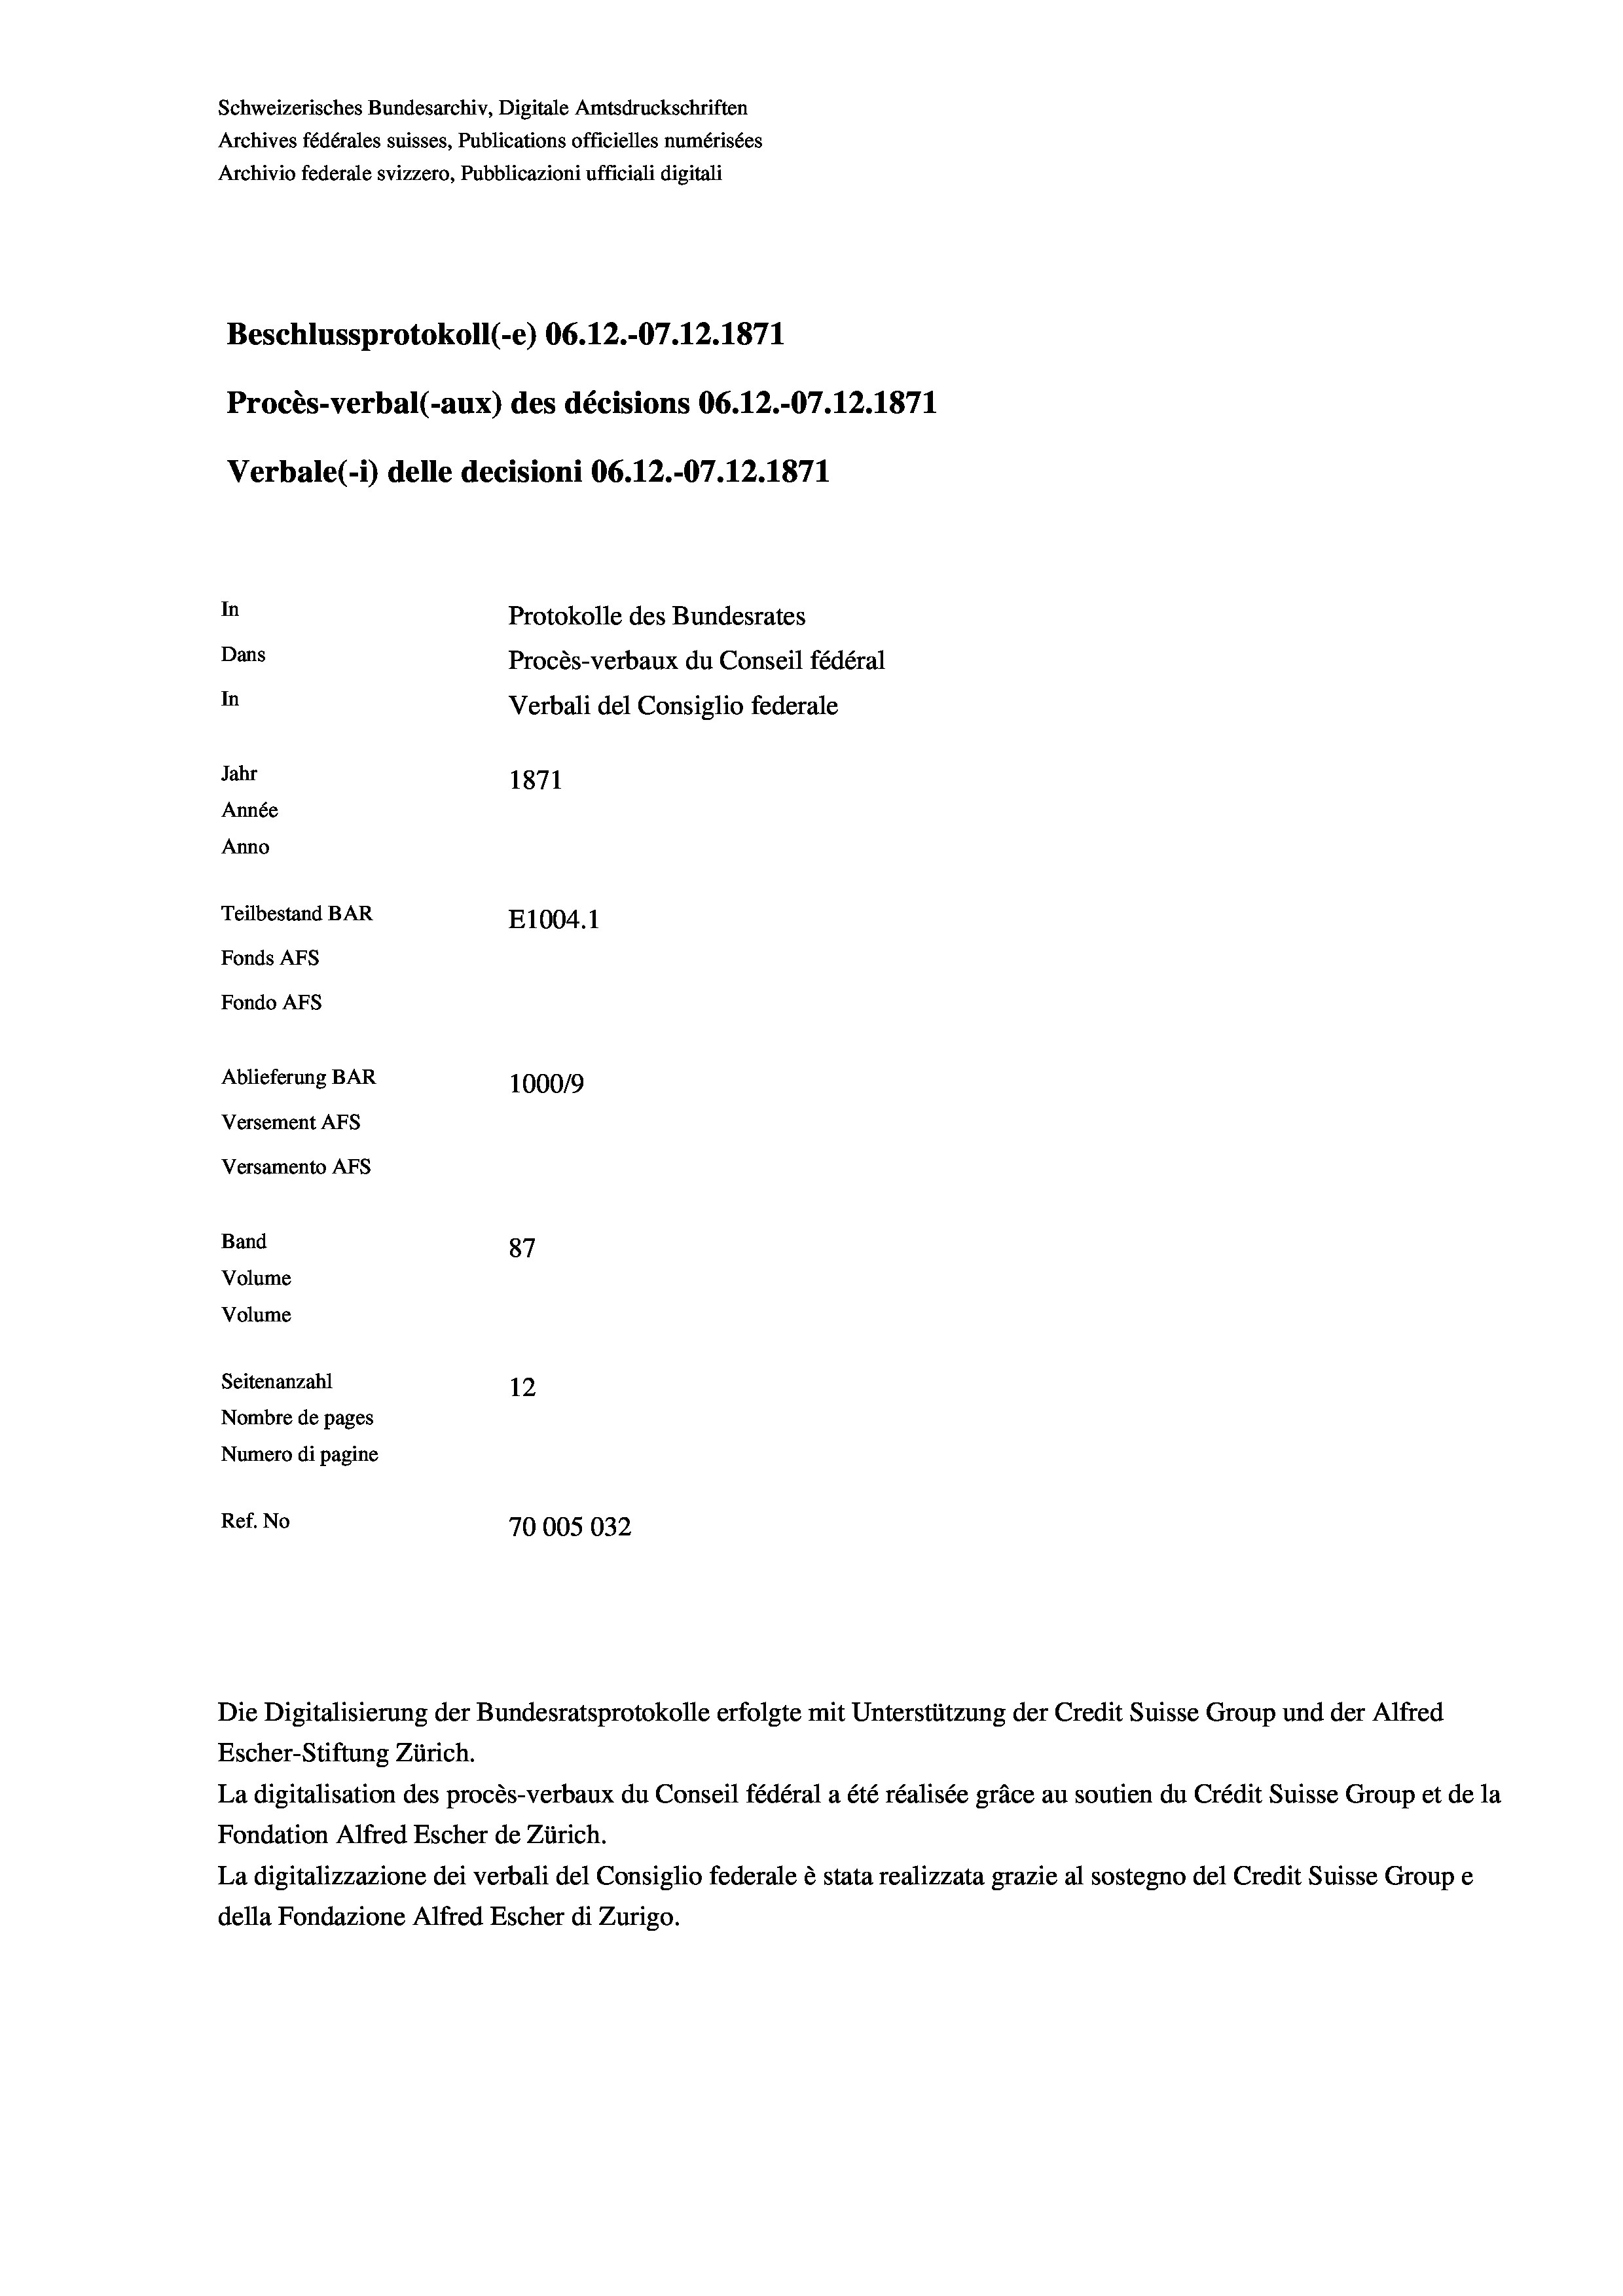
Schweizerisches Bundesarchiv, Digitale Amtsdruckschriften
Archives fédérales suisses, Publications officielles numérisées
Archivio federale svizzero, Pubblicazioni ufficiali digitali
Beschlussprotokoll (-e) 06.12.-07.12.1871
Procès-verbal (-aux) des décisions 06.12.-07.12.1871
Verbale (- 1) delle decisioni 06.12.-07.12.1871
In
Protokolle des Bundesrates
Dans
Procès-verbaux du Conseil fédéral
In
Verbali del Consiglio federale
Jahr
1871
Année
Anno
Teilbestand BAR
E1004. 1
Fonds AFs
Fondo Afs
Ablieferung BAR
100019
Versement AFs
Versamento Afs
Band
87
Volume
Volume
Seitenanzahl
12

Nombre de pages
Numero di pagine
Ref. No
70005032

Escher-Stiftung Zürich.
La digitalisation des procès-verbaux du Conseil fédéral a été réalisée gräce au soutien du Crédit Suisse Group et de la
Fondation Alfred Escher de Zürich.
La digitalizzazione dei verbali del Consiglio federale è stata realizzata grazie al sostegno del Credit Suisse Groupe
della Fondazione Alfred Escher di Zurigo.

Die Digitalisierung der Bundesratsprotokolle erfolgte mit Unterstützung der Credit Suisse Group und der Alfred